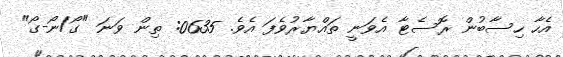
އެހާ ހިސާބުން ރޮސެޓާ އެވަނީ ތައްޔާރުވެފަ އެވެ. 0635: ތިން ވަނަ "ގޯ/ނޯ-ގޯ"